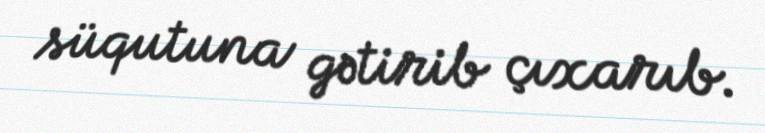
süqutuna gətirib çıxarıb.